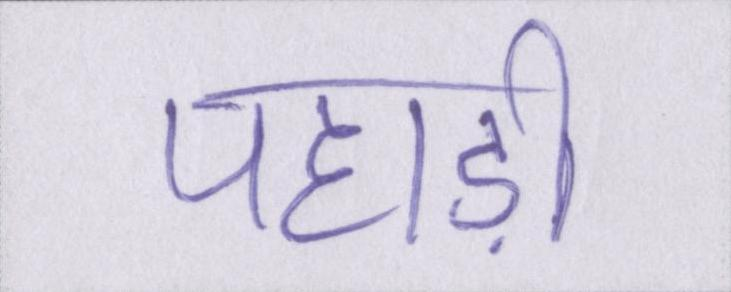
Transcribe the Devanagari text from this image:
पहाड़ी